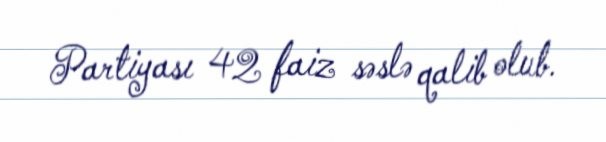
Partiyası 42 faiz səslə qalib olub.